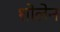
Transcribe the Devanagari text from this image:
शोलेन